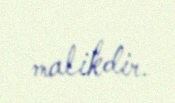
malikdir.